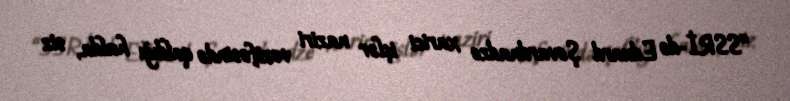
“SSRİ-də Eduard Şevardnadze xarici işlər naziri vəzifəsində qaldığı halda, siz